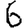
Digit: 6